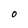
Character: O